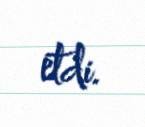
etdi.